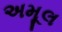
અમૂલ